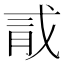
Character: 𪱞